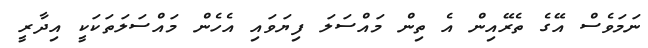
ނަމަވެސް އޭގެ ތެރޭއިން އެ ތިން މައްސަލަ ފިޔަވައި އެހެން މައްސަލަތަކަކީ އިދާރީ